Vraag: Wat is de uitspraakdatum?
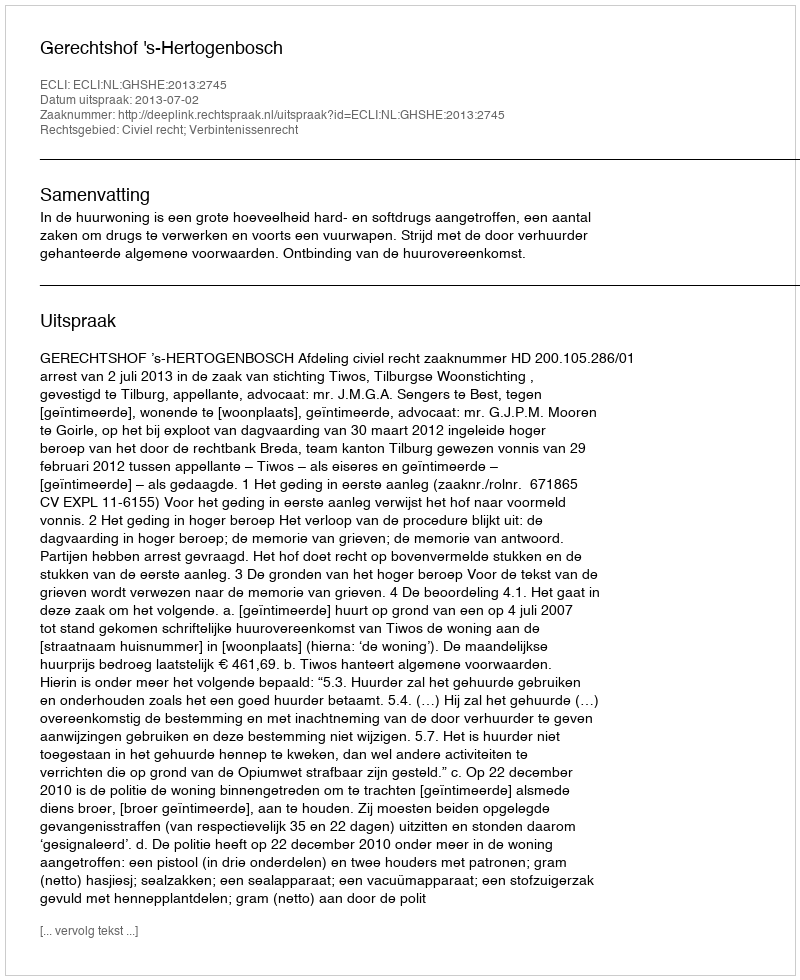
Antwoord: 2013-07-02